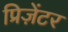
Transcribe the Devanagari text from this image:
प्रिज़ेंटर